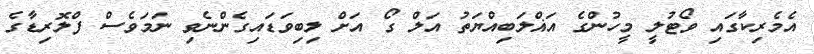
އެމެރިކާގައި ވޯޓުލީ މީހުންގެ އަޣްލަބިއްޔަތު އަލް ގޯ އަށް ލިބިވަޑައިގެންނެވި ނަމަވެސް ފްލޮރިޑާގެ